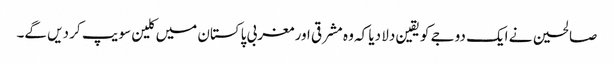
صالحین نے ایک دوجے کو یقین دلا دیا کہ وہ مشرقی اور مغربی پاکستان میں کلین سویپ کر دیں گے۔